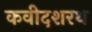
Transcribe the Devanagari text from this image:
कवीदशरथ